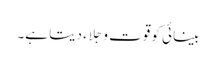
بینائی کو قوت و جِلاء دیتا ہے۔